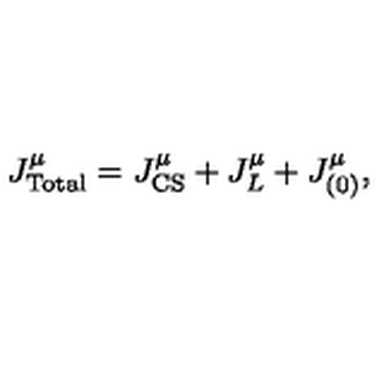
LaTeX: J _ { \mathrm { T o t a l } } ^ { \mu } = J _ { \mathrm { C S } } ^ { \mu } + J _ { L } ^ { \mu } + J _ { ( 0 ) } ^ { \mu } ,